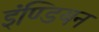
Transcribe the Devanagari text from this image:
इंण्डियन